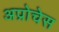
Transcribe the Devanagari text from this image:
अप्रोचेस